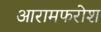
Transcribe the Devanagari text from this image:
आरामफरोश